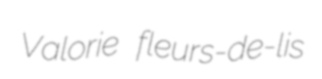
Valorie fleurs-de-lis